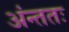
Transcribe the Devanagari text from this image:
अंन्ततः